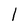
Character: 1